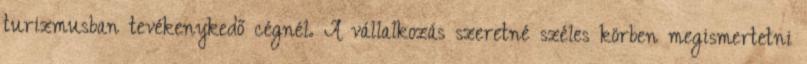
turizmusban tevékenykedő cégnél. A vállalkozás szeretné széles körben megismertetni